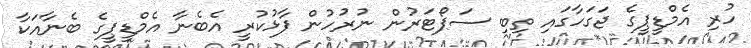
ހުރި އެމްޑީޕީގެ ޖަގަހާގައި ތިބި ސަޕޯޓަރުން ނުރުހުން ފާޅުކުރީ އެބެނާ އެމްޑީޕީގެ ބެނާއަކާ